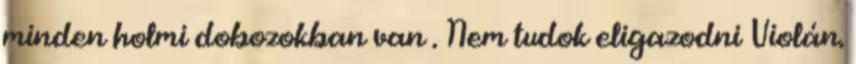
minden holmi dobozokban van . Nem tudok eligazodni Violán.